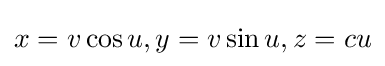
x=v\cos u,y=v\sin u,z=cu